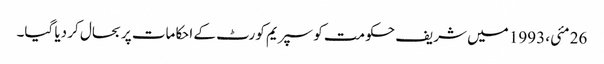
26 مئی، 1993 میں شریف حکومت کو سپریم کورٹ کے احکامات پر بحال کر دیا گیا۔